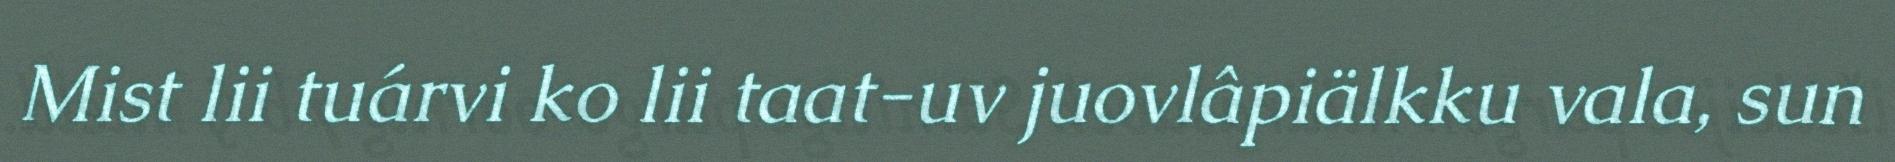
Mist lii tuárvi ko lii taat-uv juovlâpiälkku vala, sun